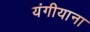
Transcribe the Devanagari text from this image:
यंगीयाना